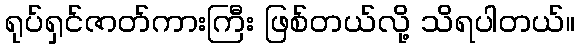
ရုပ်ရှင်ဇာတ်ကားကြီး ဖြစ်တယ်လို့ သိရပါတယ်။